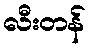
လီးတန်